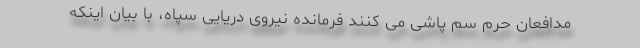
مدافعان حرم سم پاشی می کنند فرمانده نیروی دریایی سپاه، با بیان اینکه